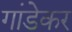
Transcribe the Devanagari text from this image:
गांडेकर